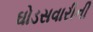
ઘોડસવારીની